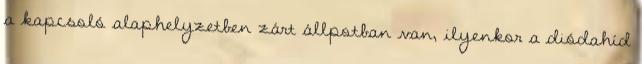
a kapcsoló alaphelyzetben zárt állpotban van, ilyenkor a diódahíd